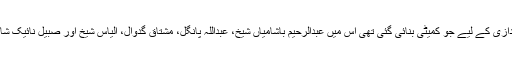
قرعہ اندازی کے لیے جو کمیٹی بنائی گئی تھی اُس میں عبدالرحیم باشامیاں شیخ، عبداللہ پانگل، مشتاق گدوال، الیاس شیخ اور صبیل نائیک شامل تھی۔